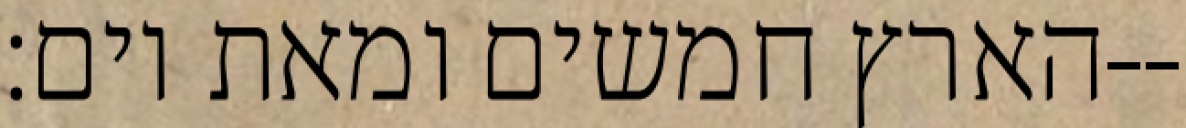
הארץ חמשים ומאת יום׃--